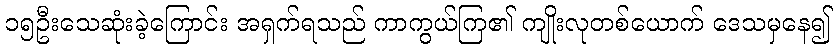
၁၅ဦးသေဆုံးခဲ့ကြောင်း အရှက်ရသည် ကာကွယ်ကြ၏ ကျိုးလုတစ်ယောက် ဒေသမှနေ၍